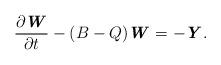
LaTeX: \begin{align*} \frac{\partial \textbf{\textit{W}}}{\partial t} -(B-Q)\textbf{\textit{W}}=-\textbf{\textit{Y}}. \end{align*}